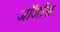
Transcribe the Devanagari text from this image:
जॉर्जोस